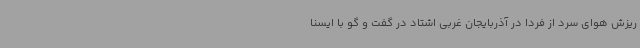
ریزش هوای سرد از فردا در آذربایجان غربی اشتاد در گفت و گو با ایسنا